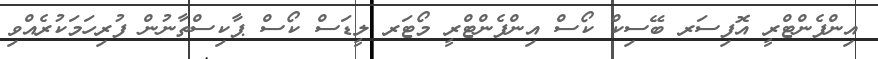
އިންފެންޓްރީ އޮފިސަރ ބޭސިކް ކޯސް އިންފެންޓްރީ މޯޓަރ ލީޑަސް ކޯސް ޕާކިސްތާނުން ފުރިހަމަކުރެއްވި